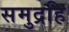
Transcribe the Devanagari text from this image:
समुद्रहि